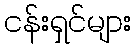
ငန်းရှင်များ